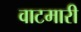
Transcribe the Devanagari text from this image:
वाटमारी